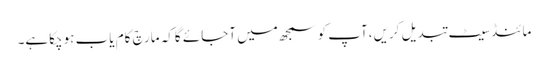
مائنڈسیٹ تبدیل کریں،آپ کوسمجھ میں آجائے گاکہ مارچ کام یاب ہوچکاہے۔